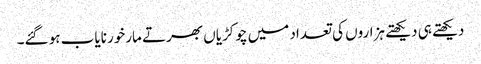
دیکھتے ہی دیکھتے ہزاروں کی تعداد میں چوکڑیاں بھرتے مارخور نایاب ہو گئے۔